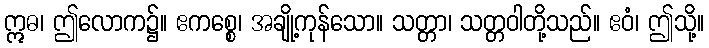
ဣဓ၊ ဤလောက၌။ ဧကစ္စေ၊ အချို့ကုန်သော။ သတ္တာ၊ သတ္တဝါတို့သည်။ ဧဝံ၊ ဤသို့။